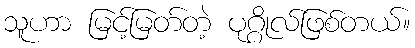
သူဟာ မြင့်မြတ်တဲ့ ပုဂ္ဂိုလ်ဖြစ်တယ်။